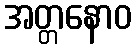
အတ္တနောဝ